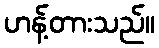
ဟန့်တားသည်။